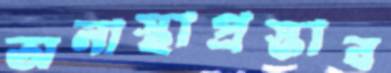
অনাস্থাপ্রস্তাব